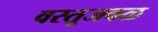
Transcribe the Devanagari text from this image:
वस्तूजवळ